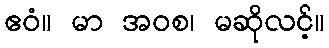
ဧဝံ။ မာ အဝစ၊ မဆိုလင့်။